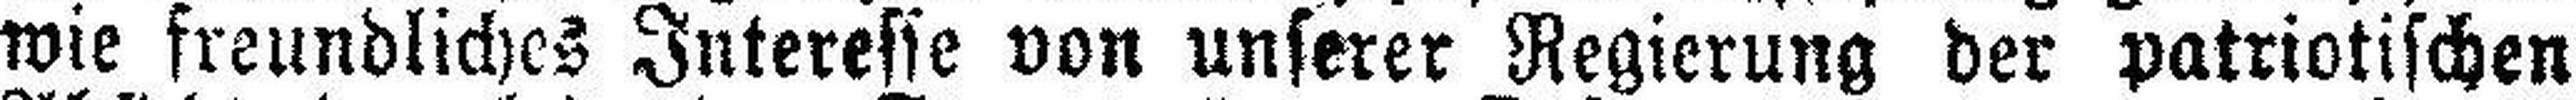
wie freundliches Interesse von unserer Regierung der patriotischen